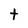
Character: t